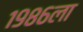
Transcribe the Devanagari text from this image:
१९८६ला